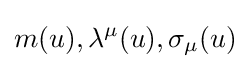
m(u),\lambda ^{\mu }(u),\sigma _{\mu }(u)